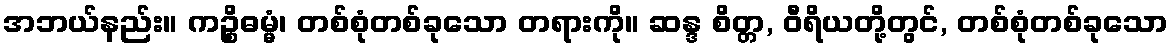
အဘယ်နည်း။ ကဉ္စိဓမ္မံ၊ တစ်စုံတစ်ခုသော တရားကို။ ဆန္ဒ စိတ္တ, ဝီရိယတို့တွင်, တစ်စုံတစ်ခုသော